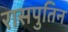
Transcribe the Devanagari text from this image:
रासपुतिन